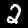
Label: 2